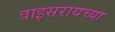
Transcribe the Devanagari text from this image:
वाइसरायच्या